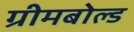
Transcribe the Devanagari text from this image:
ग्रीमबोल्ड